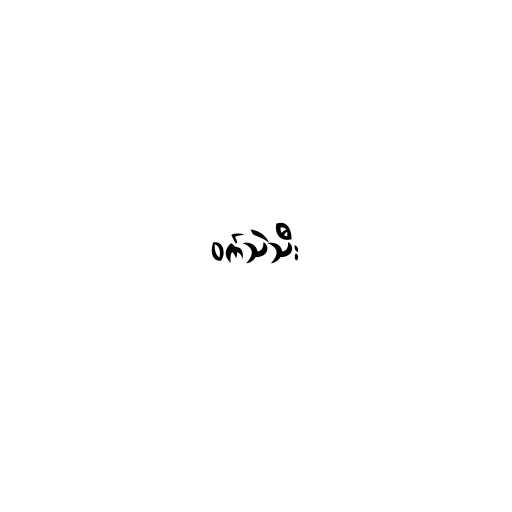
ဝက်သဲသီး